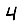
Digit: 4